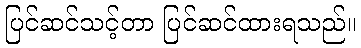
ပြင်ဆင်သင့်တာ ပြင်ဆင်ထားရသည်။